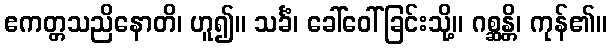
ဧကတ္တသညိနောတိ၊ ဟူ၍။ သင်္ခံ၊ ခေါ်ဝေါ်ခြင်းသို့။ ဂစ္ဆန္တိ၊ ကုန်၏။